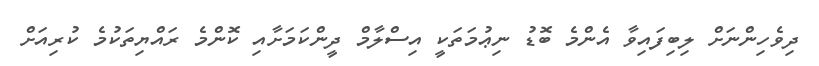
ދިވެހިންނަށް ލިބިފައިވާ އެންމެ ބޮޑު ނިޢުމަތަކީ އިސްލާމް ދީންކަމަށާއި ކޮންމެ ރައްޔިތަކުމެ ކުރިއަށް